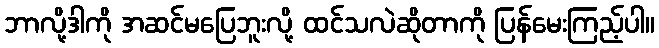
ဘာလို့ဒါကို အဆင်မပြေဘူးလို့ ထင်သလဲဆိုတာကို ပြန်မေးကြည့်ပါ။